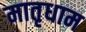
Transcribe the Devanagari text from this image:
मातृधाम